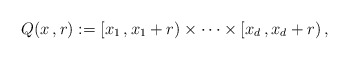
\begin{align*}Q(x\,,r) := \left[ x_1\,,x_1+r\right)\times\cdots\times\left[ x_d\,,x_d+r\right),\end{align*}